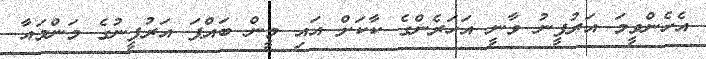
އެހެންވީމަ އަރުފީނު ވާނީ އަހަރެންގެ ކާކަށް އައި މީން ބައްޕަ އަރުފީނުގެ މަންމައާ